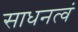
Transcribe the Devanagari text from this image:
साधनत्वं